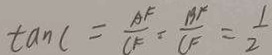
\tan C = \frac { A F } { C F } = \frac { B F } { C F } = \frac { 1 } { 2 }